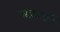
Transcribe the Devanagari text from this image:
चक्रार्चा